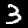
Digit: 3